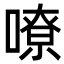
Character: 嘹